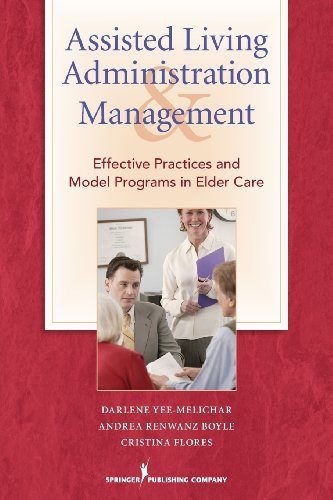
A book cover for Assisted Living Administration and Management: Effective Practices and Model Programs in Elder Care; Darlene Yee-Melichar EdD; Medical Books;